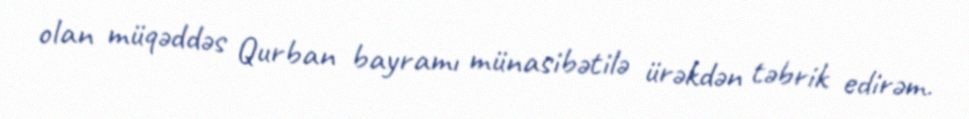
olan müqəddəs Qurban bayramı münasibətilə ürəkdən təbrik edirəm.